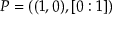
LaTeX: P = ( ( 1 , 0 ) , [ 0 : 1 ] )